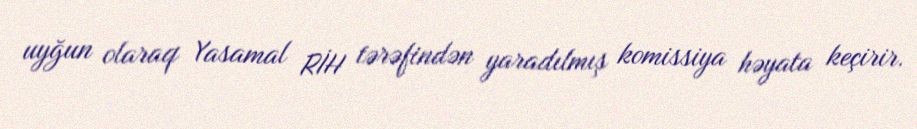
uyğun olaraq Yasamal RİH tərəfindən yaradılmış komissiya həyata keçirir.